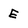
Character: E